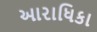
આરાધિકા